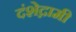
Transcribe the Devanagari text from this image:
दंशेद्गामी